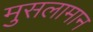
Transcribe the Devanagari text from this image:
मुसलामान